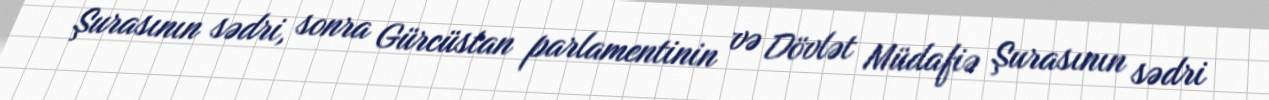
Şurasının sədri, sonra Gürcüstan parlamentinin və Dövlət Müdafiə Şurasının sədri